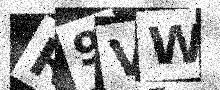
Text: R9VW